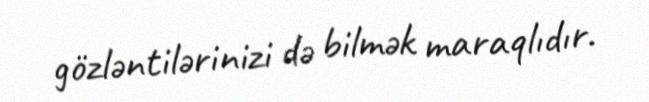
gözləntilərinizi də bilmək maraqlıdır.